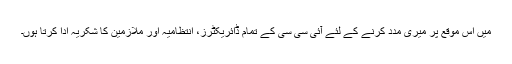
میں اس موقع پر میری مدد کرنے کے لئے آئی سی سی کے تمام ڈائریکٹرز، انتظامیہ اور ملازمین کا شکریہ ادا کرتا ہوں۔